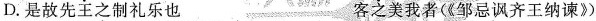
D.是故先主之制礼乐也 客之美我者(《邹忌讽齐王纳谏》)